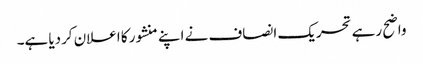
واضح رہے تحریک انصاف نے اپنے منشور کا اعلان کردیا ہے۔